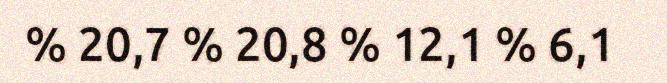
% 20,7 % 20,8 % 12,1 % 6,1